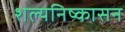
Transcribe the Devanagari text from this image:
शल्यनिष्कासन